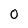
Character: 0